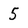
Character: 5